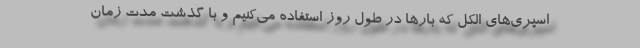
اسپری‌های الکل که بارها در طول روز استفاده می‌کنیم و با گذشت مدت زمان